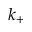
k _ { + }